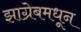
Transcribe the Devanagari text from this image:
झाग्रेबमधून